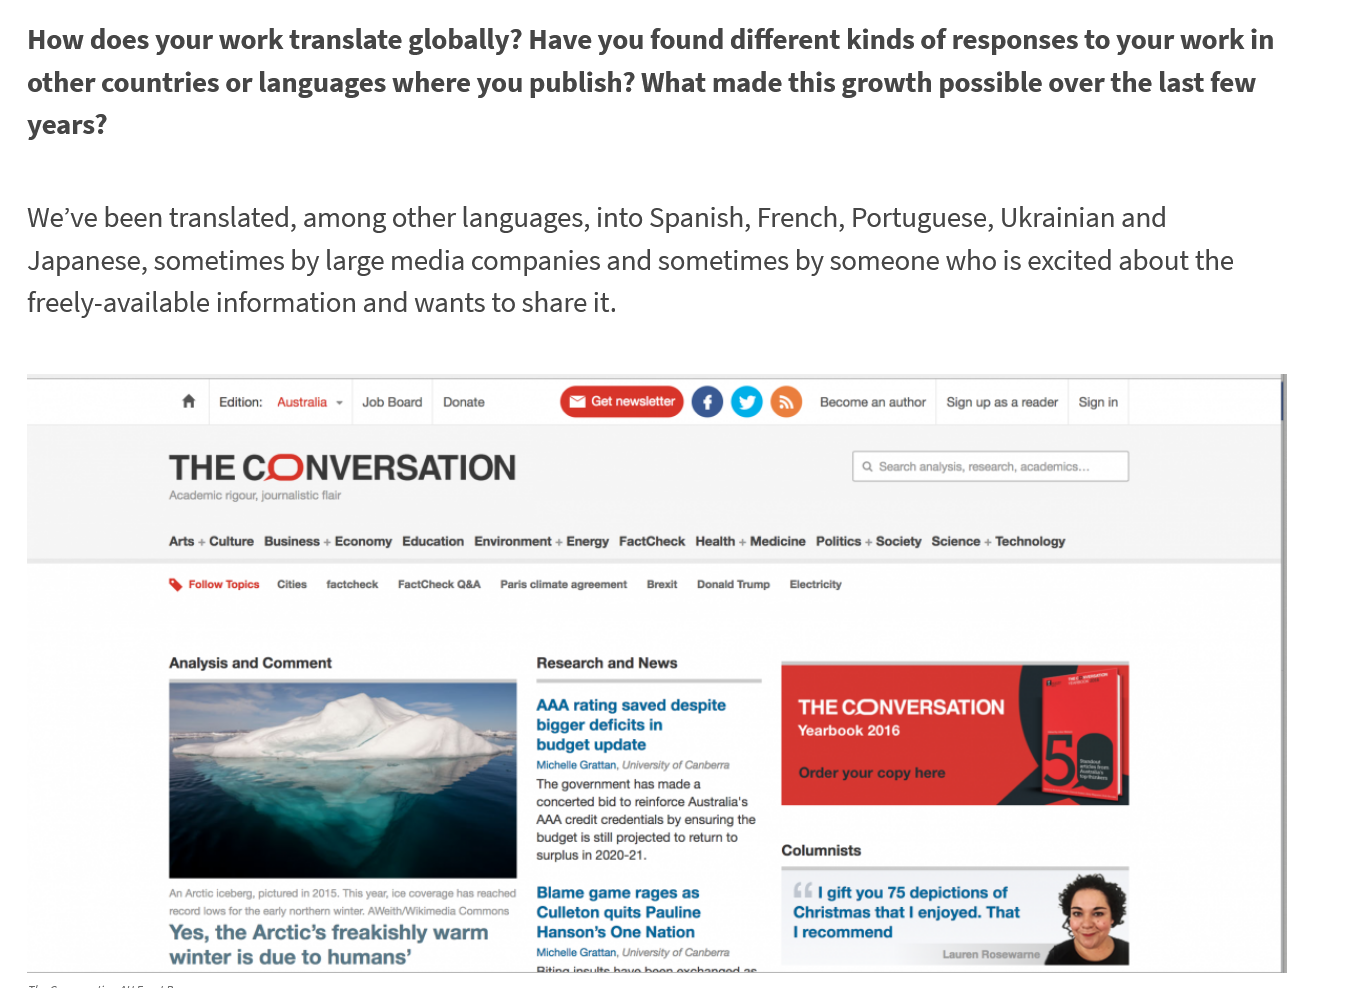
How    does  your    work    translate    globally?    Have    you    found    different    kinds    of   responses    to  your    work   in
    other    countries    or   languages    where    you    publish?    What    made   this    growth    possible    over   the    last   few
    years?
    We’ve    been translated,    among    other    languages,    into    Spanish,    French,    Portuguese,    Ukrainian    and
    Japanese,    sometimes    by    large   media    companies    and    sometimes    by   someone    who    is    excited    about    the
    freely-available    information    and   wants   to    share  it.
     THE    CONVERSATION
     Arts
     +
     Culture Business
     + Economy Education Environment
     +
     Energy FactCheck Health + Medicine Politics
     + Society Science
     +
     Technology
     ]  Foliow Topics Cities factcheck FactCheck Q&A Paris climate agreement Brexit Donald Trump Electricity
     Analysis and Comment    Research and News
     AAA  rating saved despite    THE   CONVERSATION
     bigger deficits in
     ato
     budget update
     Michale Grattan,  of Ca
     The government has made a
     concerted bid to reinforce Australia's
     ‘AAA credit credentials by ensuring the
     budget is still projected to return to

     surplus in 2020-21    Columnists
     ;
     Blame  game rages  as    | gift you 75 depictions of
     Co
     Culleton quits Pauline    Christmas that | enjoyed. That
     Yes,  the  Arctic’s  freakishly    warm    Hanson's One  Nation    I recommend
     winter   is due  to  humans’
     pactale Sates ney
     oe    auren Rosewame